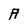
Character: A